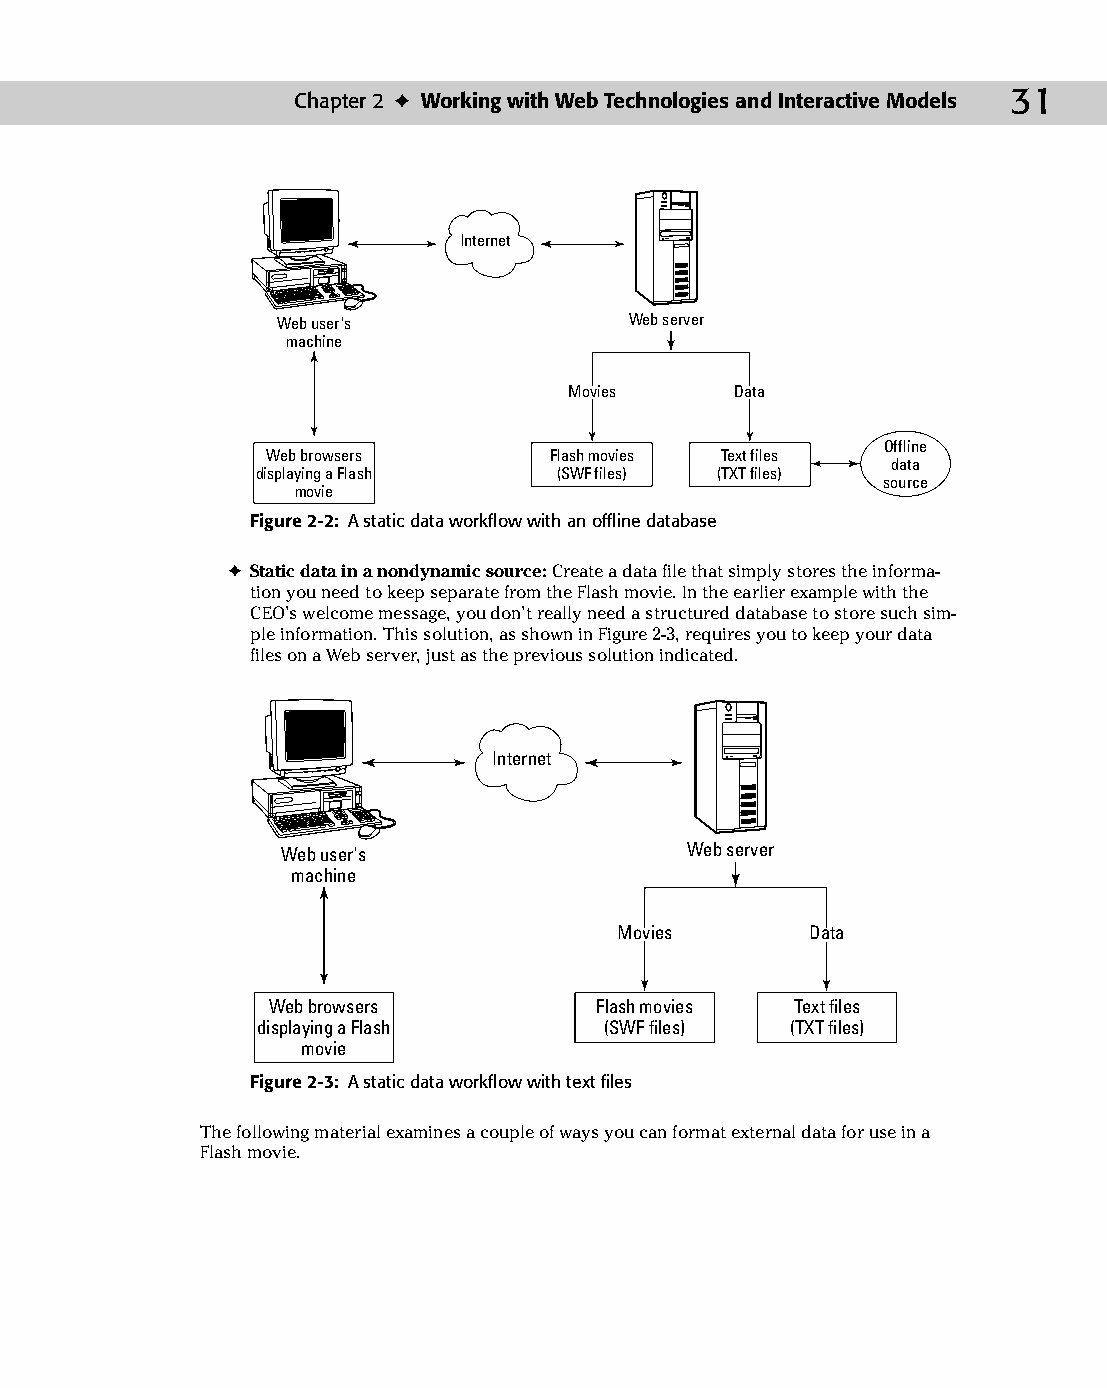
04 543547 ch02.qxd 3/24/04 3:51 PM Page 31
 Chapter 2 ✦ Working with Web Technologies and Interactive Models 31
 Internet
 Web user's              Web server
 machine
 MMoovviieess DDaattaa
 Offline
 Web browsers      Flash movies Text files
 data
 displaying a Flash  (SWF files) (TXT files)
 source
 movie
 Figure 2-2: A static data workflow with an offline database
 ✦ Static data in a nondynamic source: Create a data file that simply stores the informa­
 tion you need to keep separate from the Flash movie. In the earlier example with the
 CEO’s welcome message, you don’t really need a structured database to store such sim­
 ple information. This solution, as shown in Figure 2-3, requires you to keep your data
 files on a Web server, just as the previous solution indicated.
 Internet
 Web user's                Web server
 machine
 MMoovviieess DDaattaa
 Web browsers         Flash movies  Text files
 displaying a Flash     (SWF files) (TXT files)
 movie
 Figure 2-3: A static data workflow with text files
 The following material examines a couple of ways you can format external data for use in a
 Flash movie.